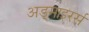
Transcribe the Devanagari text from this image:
अड्माइरर्स